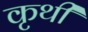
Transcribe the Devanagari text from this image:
कृथी